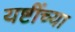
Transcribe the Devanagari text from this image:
यष्टींच्या